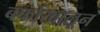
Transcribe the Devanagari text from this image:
बर्फाखालून